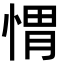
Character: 㥜